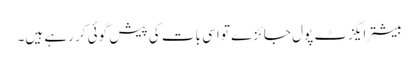
بیشتر ایگزٹ پول جائزے تو اسی بات کی پیش گوئی کر رہے ہیں۔